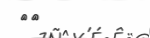
٩٥